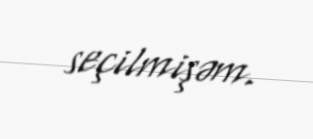
seçilmişəm.